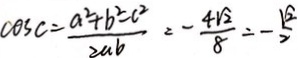
\cos C = \frac { a ^ { 2 } + b ^ { 2 } - c ^ { 2 } } { 2 a b } = - \frac { 4 \sqrt { 2 } } { 8 } = - \frac { \sqrt { 2 } } { 2 }